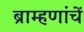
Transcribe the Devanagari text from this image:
ब्राम्हणांचें